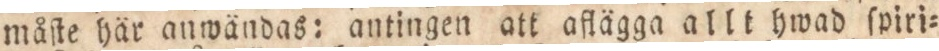
måſte här anwändas: antingen att aflägga allt hwad ſpriri=